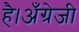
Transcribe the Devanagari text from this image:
है।अँग्रेजी